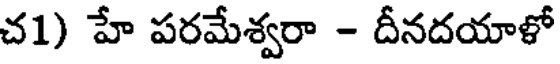
చ1) హే పరమేశ్వరా - దీనదయాళో